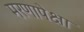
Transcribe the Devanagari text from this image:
मरणापेक्षा